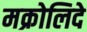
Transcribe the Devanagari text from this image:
मक्रोलिदे